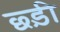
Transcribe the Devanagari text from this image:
छ्ड़ी